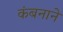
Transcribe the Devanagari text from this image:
कंबनाने